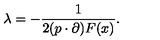
\lambda = - \frac { 1 } { 2 ( p \cdot \partial ) F ( x ) } .